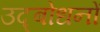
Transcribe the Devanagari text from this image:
उद्बोधनों